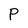
Character: p